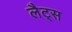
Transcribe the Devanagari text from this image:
लैट्स